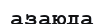
азаюда